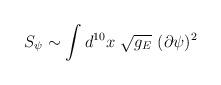
LaTeX: \begin{align*}S_{\psi} \sim \int d^{10}x \ \sqrt{g_E} \ (\partial \psi )^2\end{align*}